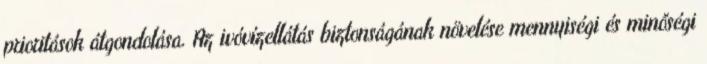
prioritások átgondolása. Az ivóvízellátás biztonságának növelése mennyiségi és minőségi